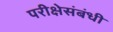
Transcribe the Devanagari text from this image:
परीक्षेसंबंधी